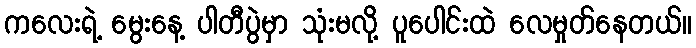
ကလေးရဲ့ မွေးနေ့ ပါတီပွဲမှာ သုံးမလို့ ပူပေါင်းထဲ လေမှုတ်နေတယ်။